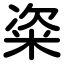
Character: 粢